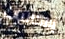
إمكانيات